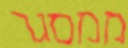
ממסגר